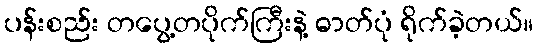
ပန်းစည်း တပွေ့တပိုက်ကြီးနဲ့ ဓာတ်ပုံ ရိုက်ခဲ့တယ်။